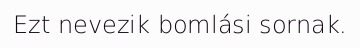
Ezt nevezik bomlási sornak.